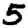
Digit: 5